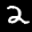
Label: 2